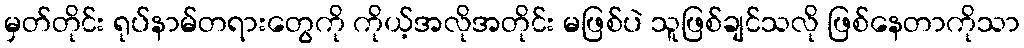
မှတ်တိုင်း ရုပ်နာမ်တရားတွေကို ကိုယ့်အလိုအတိုင်း မဖြစ်ပဲ သူဖြစ်ချင်သလို ဖြစ်နေတာကိုသာ